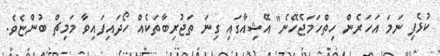
ކުޅެފި ނަމަ އަހަރެން ހިތްހަމަޖެހޭނެ" އޭޝިއާގައި ގިނަ ތަޖުރިބާތަކެއް ހޯދައިފައިވާ މަމިޗް ބުންޏެވެ.